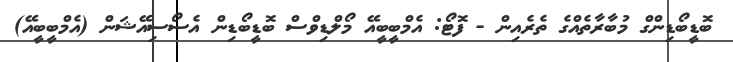
ބޮޑީބޯޑިންގް މުބާރާތެއްގެ ތެރެއިން - ފޮޓޯ: އެމްބީބީއޭ މޯލްޑިވްސް ބޮޑީބޯޑިން އެސޯސިއޭޝަން (އެމްބީބީއޭ)